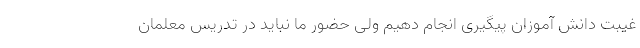
غیبت دانش آموزان پیگیری انجام دهیم ولی حضور ما نباید در تدریس معلمان